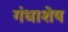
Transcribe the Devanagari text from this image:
गंधाशेष